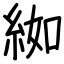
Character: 𦀌